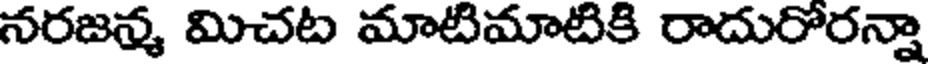
నరజన్మ మిచట మాటిమాటికి రాదురోరన్నా